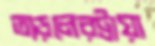
তাড়লেরট্রায়া